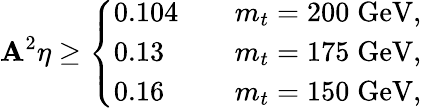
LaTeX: \mathbf{A}^{2}\eta\geq\left\{ \begin{array}{ll}{{0.104\quad}}&{{m_{t}=200\; \mathrm{GeV},}}\\ {{0.13}}&{{m_{t}=175\; \mathrm{GeV},}}\\ {{0.16}}&{{m_{t}=150\; \mathrm{GeV},}}\end{array}\right.